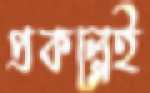
প্রকল্পেই